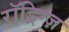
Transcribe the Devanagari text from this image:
रॉड्रिग्ज़